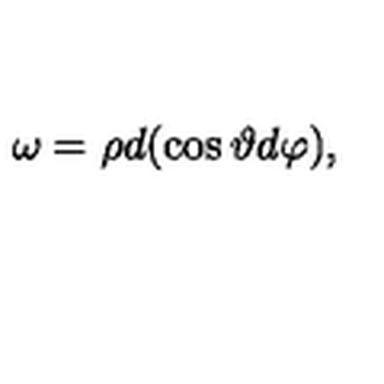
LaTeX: \omega = \rho d ( \cos \vartheta d \varphi ) ,